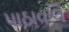
પાઠાવલિ